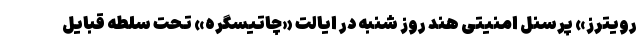
رویترز» پرسنل امنیتی هند روز شنبه در ایالت «چاتیسگره» تحت سلطه قبایل